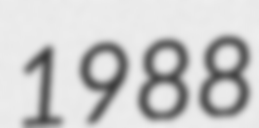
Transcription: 1988